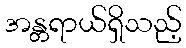
အန္တရာယ်ရှိသည့်